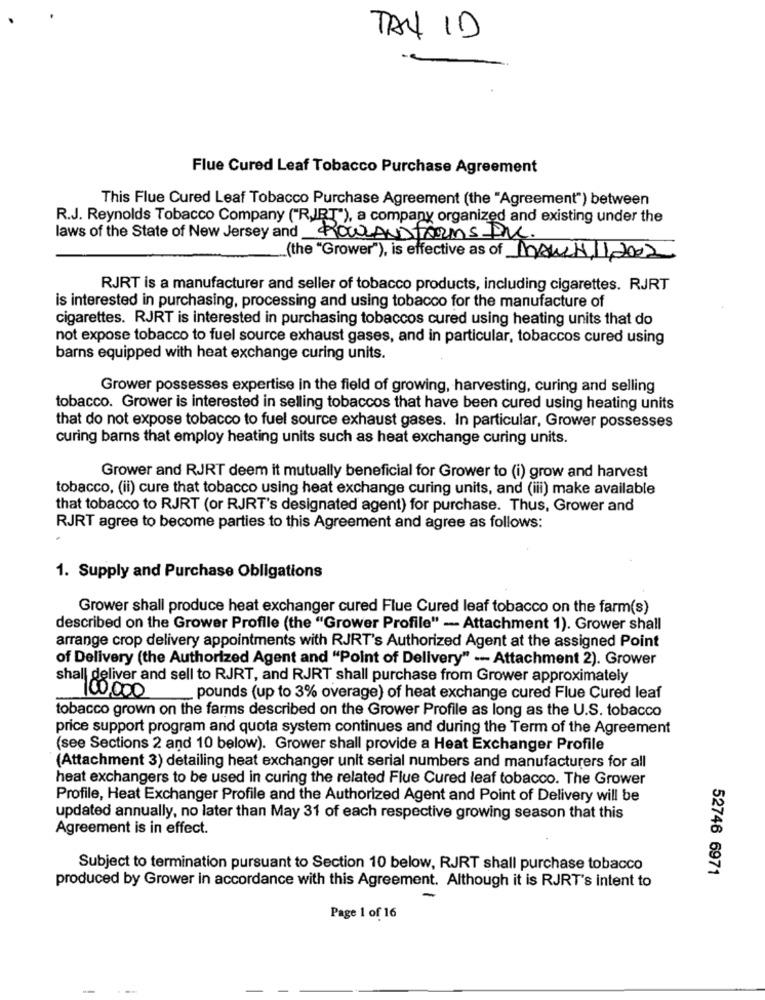
TAX ID
Flue Cured Leaf Tobacco Purchase Agreement
This Flue Cured Leaf Tobacco Purchase Agreement (the "Agreement") between
R.J. Reynolds Tobacco Company ("RJJRT"), a company organized and existing under the
laws of the State of New Jersey and HOWLANDFORMS PVC.
(the "Grower"), is effective as of MAN.1,11,2002
RJRT is a manufacturer and seller of tobacco products, including cigarettes. RJRT
is interested in purchasing, processing and using tobacco for the manufacture of
cigarettes. RJRT is interested in purchasing tobaccos cured using heating units that do
not expose tobacco to fuel source exhaust gases, and in particular, tobaccos cured using
barns equipped with heat exchange curing units.
Grower possesses expertise in the field of growing, harvesting, curing and selling
tobacco. Grower is interested in selling tobaccos that have been cured using heating units
that do not expose tobacco to fuel source exhaust gases. In particular, Grower possesses
curing barns that employ heating units such as heat exchange curing units.
Grower and RJRT deem it mutually beneficial for Grower to (i) grow and harvest
tobacco, (ii) cure that tobacco using heat exchange curing units, and (iii) make available
that tobacco to RJRT (or RJRT's designated agent) for purchase. Thus, Grower and
RJRT agree to become parties to this Agreement and agree as follows:
1. Supply and Purchase Obligations
Grower shall produce heat exchanger cured Flue Cured leaf tobacco on the farm(s)
described on the Grower Profile (the "Grower Profile" - Attachment 1). Grower shall
arrange crop delivery appointments with RJRT's Authorized Agent at the assigned Point
of Delivery (the Authorized Agent and "Point of Delivery" -- Attachment 2). Grower
shall deliver and sell to RJRT, and RJRT shall purchase from Grower approximately
100,000
_pounds (up to 3% overage) of heat exchange cured Flue Cured leaf
tobacco grown on the farms described on the Grower Profile as long as the U.S. tobacco
price support program and quota system continues and during the Term of the Agreement
(see Sections 2 and 10 below). Grower shall provide a Heat Exchanger Profile
(Attachment 3) detailing heat exchanger unit serial numbers and manufacturers for all
heat exchangers to be used in curing the related Flue Cured leaf tobacco. The Grower
Profile, Heat Exchanger Profile and the Authorized Agent and Point of Delivery will be
updated annually, no later than May 31 of each respective growing season that this
Agreement is in effect.
Subject to termination pursuant to Section 10 below, RJRT shall purchase tobacco
52746 6971
produced by Grower in accordance with this Agreement. Although it is RJRT's intent to
-
Page 1 of 16